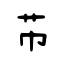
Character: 芇